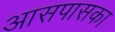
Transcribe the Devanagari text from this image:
आसपासका